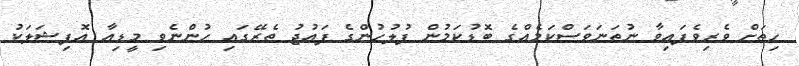
ހިތަށް ވެރިވެފައިވާ ނުތަނަވަސްކަމެއްގެ ބޮޑުކަމުން ފުލުހުންގެ ފައުޖު ތެރޭގައި ހުންނެވި މީޑިއާ އޮފިޝަލަކު